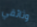
وثائقي